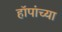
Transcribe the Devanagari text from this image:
हॉपांच्या